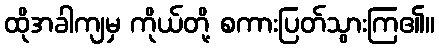
ထိုအခါကျမှ ကိုယ်တို့ စကားပြတ်သွားကြ၏။